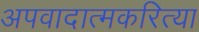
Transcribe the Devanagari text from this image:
अपवादात्मकरित्या